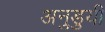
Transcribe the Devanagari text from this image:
अनुडुयी